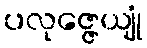
ပလုဇ္ဇေယျုံ